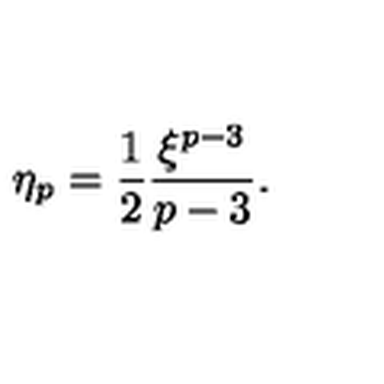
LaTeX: \eta _ { p } = { \frac { 1 } { 2 } } { \frac { \xi ^ { p - 3 } } { p - 3 } } .